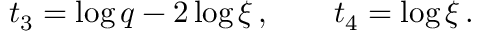
\ t _ { 3 } = \log q - 2 \log \xi \, , \qquad t _ { 4 } = \log \xi \, .